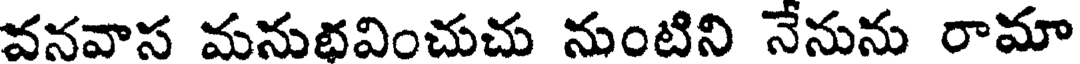
వనవాస మనుభవించుచు నుంటిని నేనును రామా